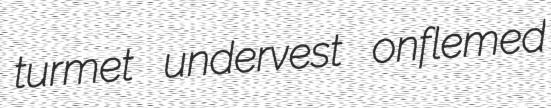
turmet undervest onflemed